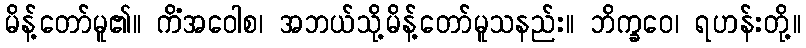
မိန့်တော်မူ၏။ ကိံအဝေါစ၊ အဘယ်သို့မိန့်တော်မူသနည်း။ ဘိက္ခဝေ၊ ရဟန်းတို့။